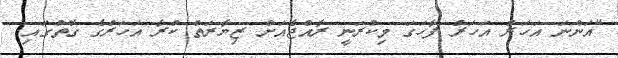
"އަންނަ އަހަރު އަހަރު ފާހަގަ މިކުރަނީ ރާއްޖެއަށް ޒިޔާރަތް ކުރާ އަހަރުގެ ގޮތުގައި.